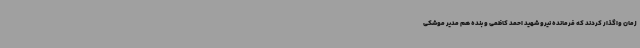
زمان واگذار کردند که فرمانده نیرو شهید احمد کاظمی و بنده هم مدیر موشکی